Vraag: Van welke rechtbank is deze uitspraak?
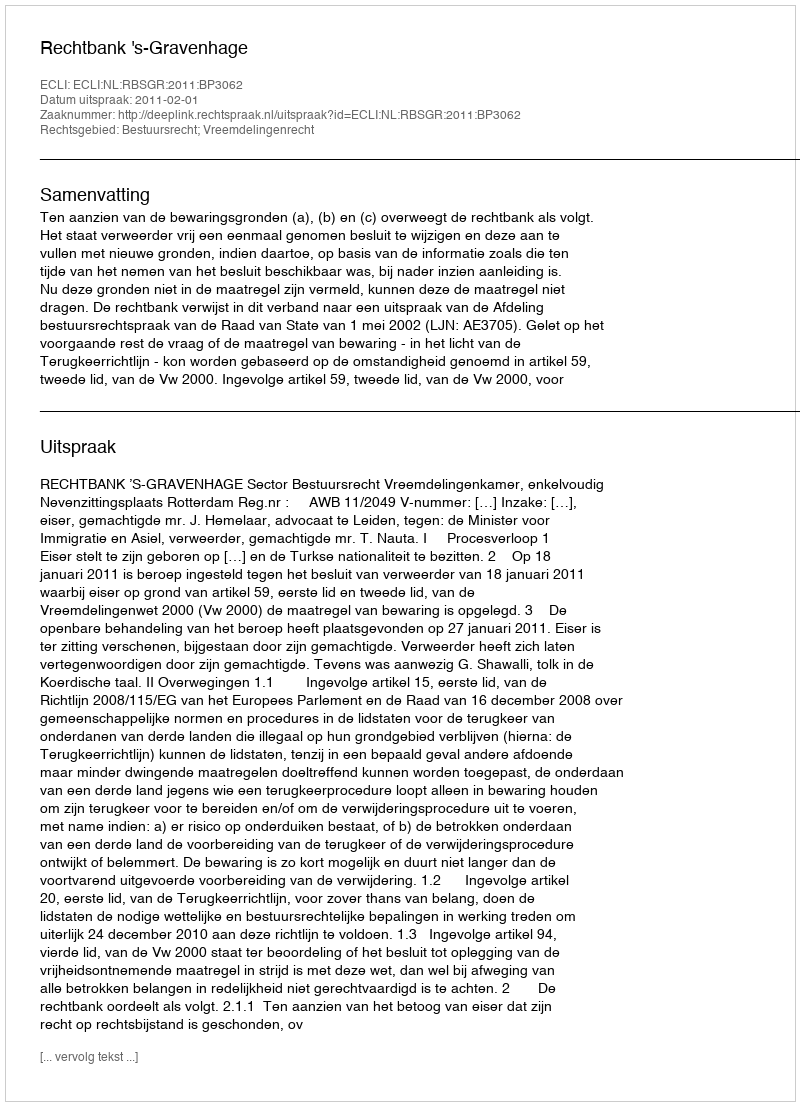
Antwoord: Rechtbank 's-Gravenhage